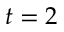
t = 2